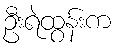
ဦးရဲထွန်းက